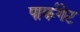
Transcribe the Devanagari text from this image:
पार्कगेट